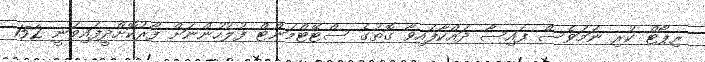
ރިޕޯޓް ކުރި ނަމަވެސް ފައިސާ ދައްކާފައިވާ ގޮތުގެ ސްޓޭޓްމަންޓް ފުލުހުންނަށް ފޯރުކޮށްދީފައިވަނީ 152